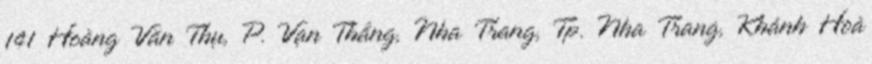
141 Hoàng Văn Thụ, P. Vạn Thắng, Nha Trang, Tp. Nha Trang, Khánh Hoà